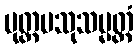
ပုတ္တပသုသမ္မတ္တံ